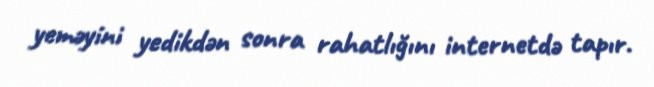
yeməyini yedikdən sonra rahatlığını internetdə tapır.